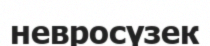
невросүзек